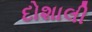
દોશાલી